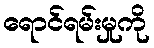
ရောင်ရမ်းမှုကို